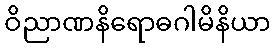
ဝိညာဏနိရောဓဂါမိနိယာ